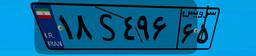
۹۰S۳۴۵۶۷